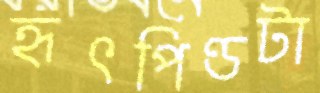
হৃৎপিণ্ডটা